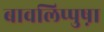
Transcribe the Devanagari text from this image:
बावलिप्पुष़ा